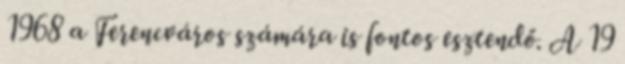
1968 a Ferencváros számára is fontos esztendő. A 19